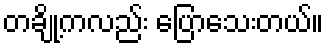
တချို့ကလည်း ပြောသေးတယ်။